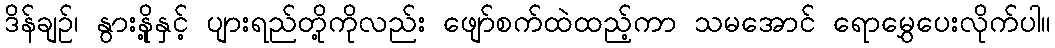
ဒိန်ချဉ်၊ နွားနို့နှင့် ပျားရည်တို့ကိုလည်း ဖျော်စက်ထဲထည့်ကာ သမအောင် ရောမွှေပေးလိုက်ပါ။